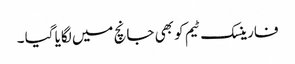
فارینسک ٹیم کو بھی جانچ میں لگایا گیا ۔